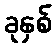
ခုနှစ်